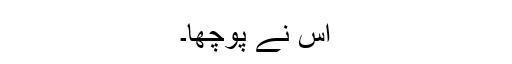
اس نے پوچھا۔